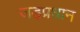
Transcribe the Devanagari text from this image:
जड़प्रधान